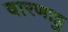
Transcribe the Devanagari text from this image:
वारणाट्टु